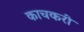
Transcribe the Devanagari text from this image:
काचकरी